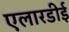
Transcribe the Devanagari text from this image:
एलारडीई